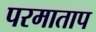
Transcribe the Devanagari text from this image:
परमाताप